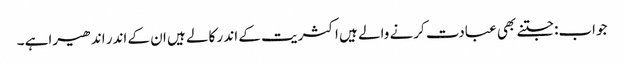
جواب:جتنے بھی عبادت کرنے والے ہیں اکثریت کے اند ر کالے ہیں ان کے اندر اندھیراہے ۔